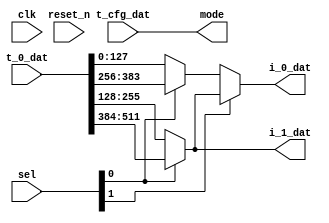


module funnel_dat_2_2 (
    input        [511:0] t_0_dat,
    input        [7:0] t_cfg_dat, // config

    output       [127:0] i_0_dat,
    output       [127:0] i_1_dat,
    input        [7:0] sel,
    output       [7:0] mode,
    input clk, reset_n
);

// controller
assign mode = t_cfg_dat;

// initial assignment

wire [127:0] dat0_0; assign dat0_0 = t_0_dat[127:0];
wire [127:0] dat0_1; assign dat0_1 = t_0_dat[255:128];
wire [127:0] dat0_2; assign dat0_2 = t_0_dat[383:256];
wire [127:0] dat0_3; assign dat0_3 = t_0_dat[511:384];


wire [127:0] dat1_0; assign dat1_0 = sel[0] ? dat0_2 : dat0_0;
wire [127:0] dat1_1; assign dat1_1 = sel[0] ? dat0_3 : dat0_1; assign i_1_dat = dat1_1;
wire [127:0] dat2_0; assign dat2_0 = sel[1] ? dat1_1 : dat1_0;

assign i_0_dat = dat2_0;

endmodule